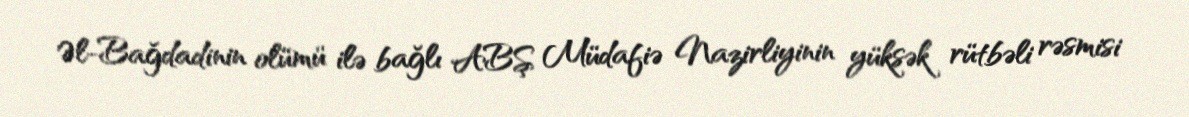
Əl-Bağdadinin olümü ilə bağlı ABŞ Müdafiə Nazirliyinin yüksək rütbəli rəsmisi